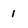
Character: 1